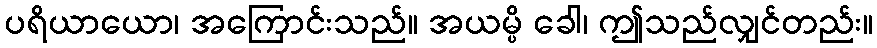
ပရိယာယော၊ အကြောင်းသည်။ အယမ္ပိ ခေါ၊ ဤသည်လျှင်တည်း။